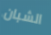
الشبان